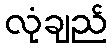
လုံချည်